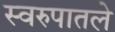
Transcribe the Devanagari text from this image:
स्वरुपातले